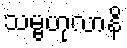
သမ္ဗဟုလာနိ